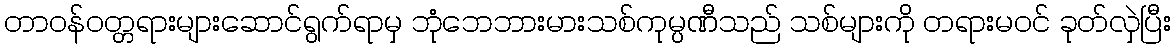
တာဝန်ဝတ္တရားများဆောင်ရွက်ရာမှ ဘုံဘေဘားမားသစ်ကုမ္ပဏီသည် သစ်များကို တရားမဝင် ခုတ်လှဲပြီး